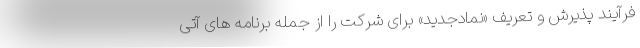
فرآیند پذیرش و تعریف «نمادجدید» برای شرکت را از جمله برنامه های آتی